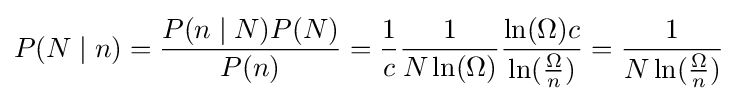
P(N\mid n)={\frac {P(n\mid N)P(N)}{P(n)}}={\frac {1}{c}}{\frac {1}{N\ln(\Omega )}}{\frac {\ln(\Omega )c}{\ln({\frac {\Omega }{n}})}}={\frac {1}{N\ln({\frac {\Omega }{n}})}}